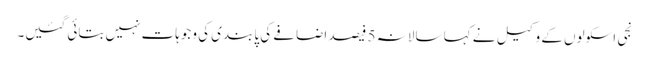
نجی اسکولوں کے وکیل نے کہا سالانہ 5 فیصد اضافے کی پابندی کی وجوہات نہیں بتائی گئیں۔